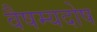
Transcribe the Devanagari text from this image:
वैषम्यदोष